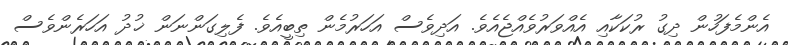
އެންމެފަހުން ދިގު ރުކަކާއި އެއްވަރުވެއްޖެއެވެ. އަދިވެސް އަހަރުމެން ތިބީއެވެ. ފެލިގަންނަން ޚުދު އަހަރެންވެސް